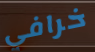
خرافي